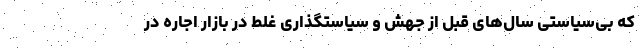
که بی‌‌سیاستی سال‌های قبل از جهش و سیاستگذاری غلط در بازار اجاره در